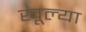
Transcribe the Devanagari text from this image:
खूल्या